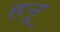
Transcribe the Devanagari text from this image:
हनू